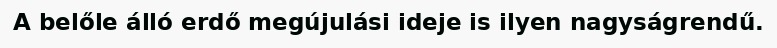
A belőle álló erdő megújulási ideje is ilyen nagyságrendű.